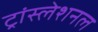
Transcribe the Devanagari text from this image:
ट्रांस्लेशनल